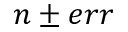
n \pm e r r